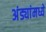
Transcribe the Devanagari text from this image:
अंड्यांमध्ये